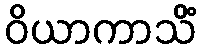
ဝိယာကာသိံ